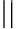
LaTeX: ||